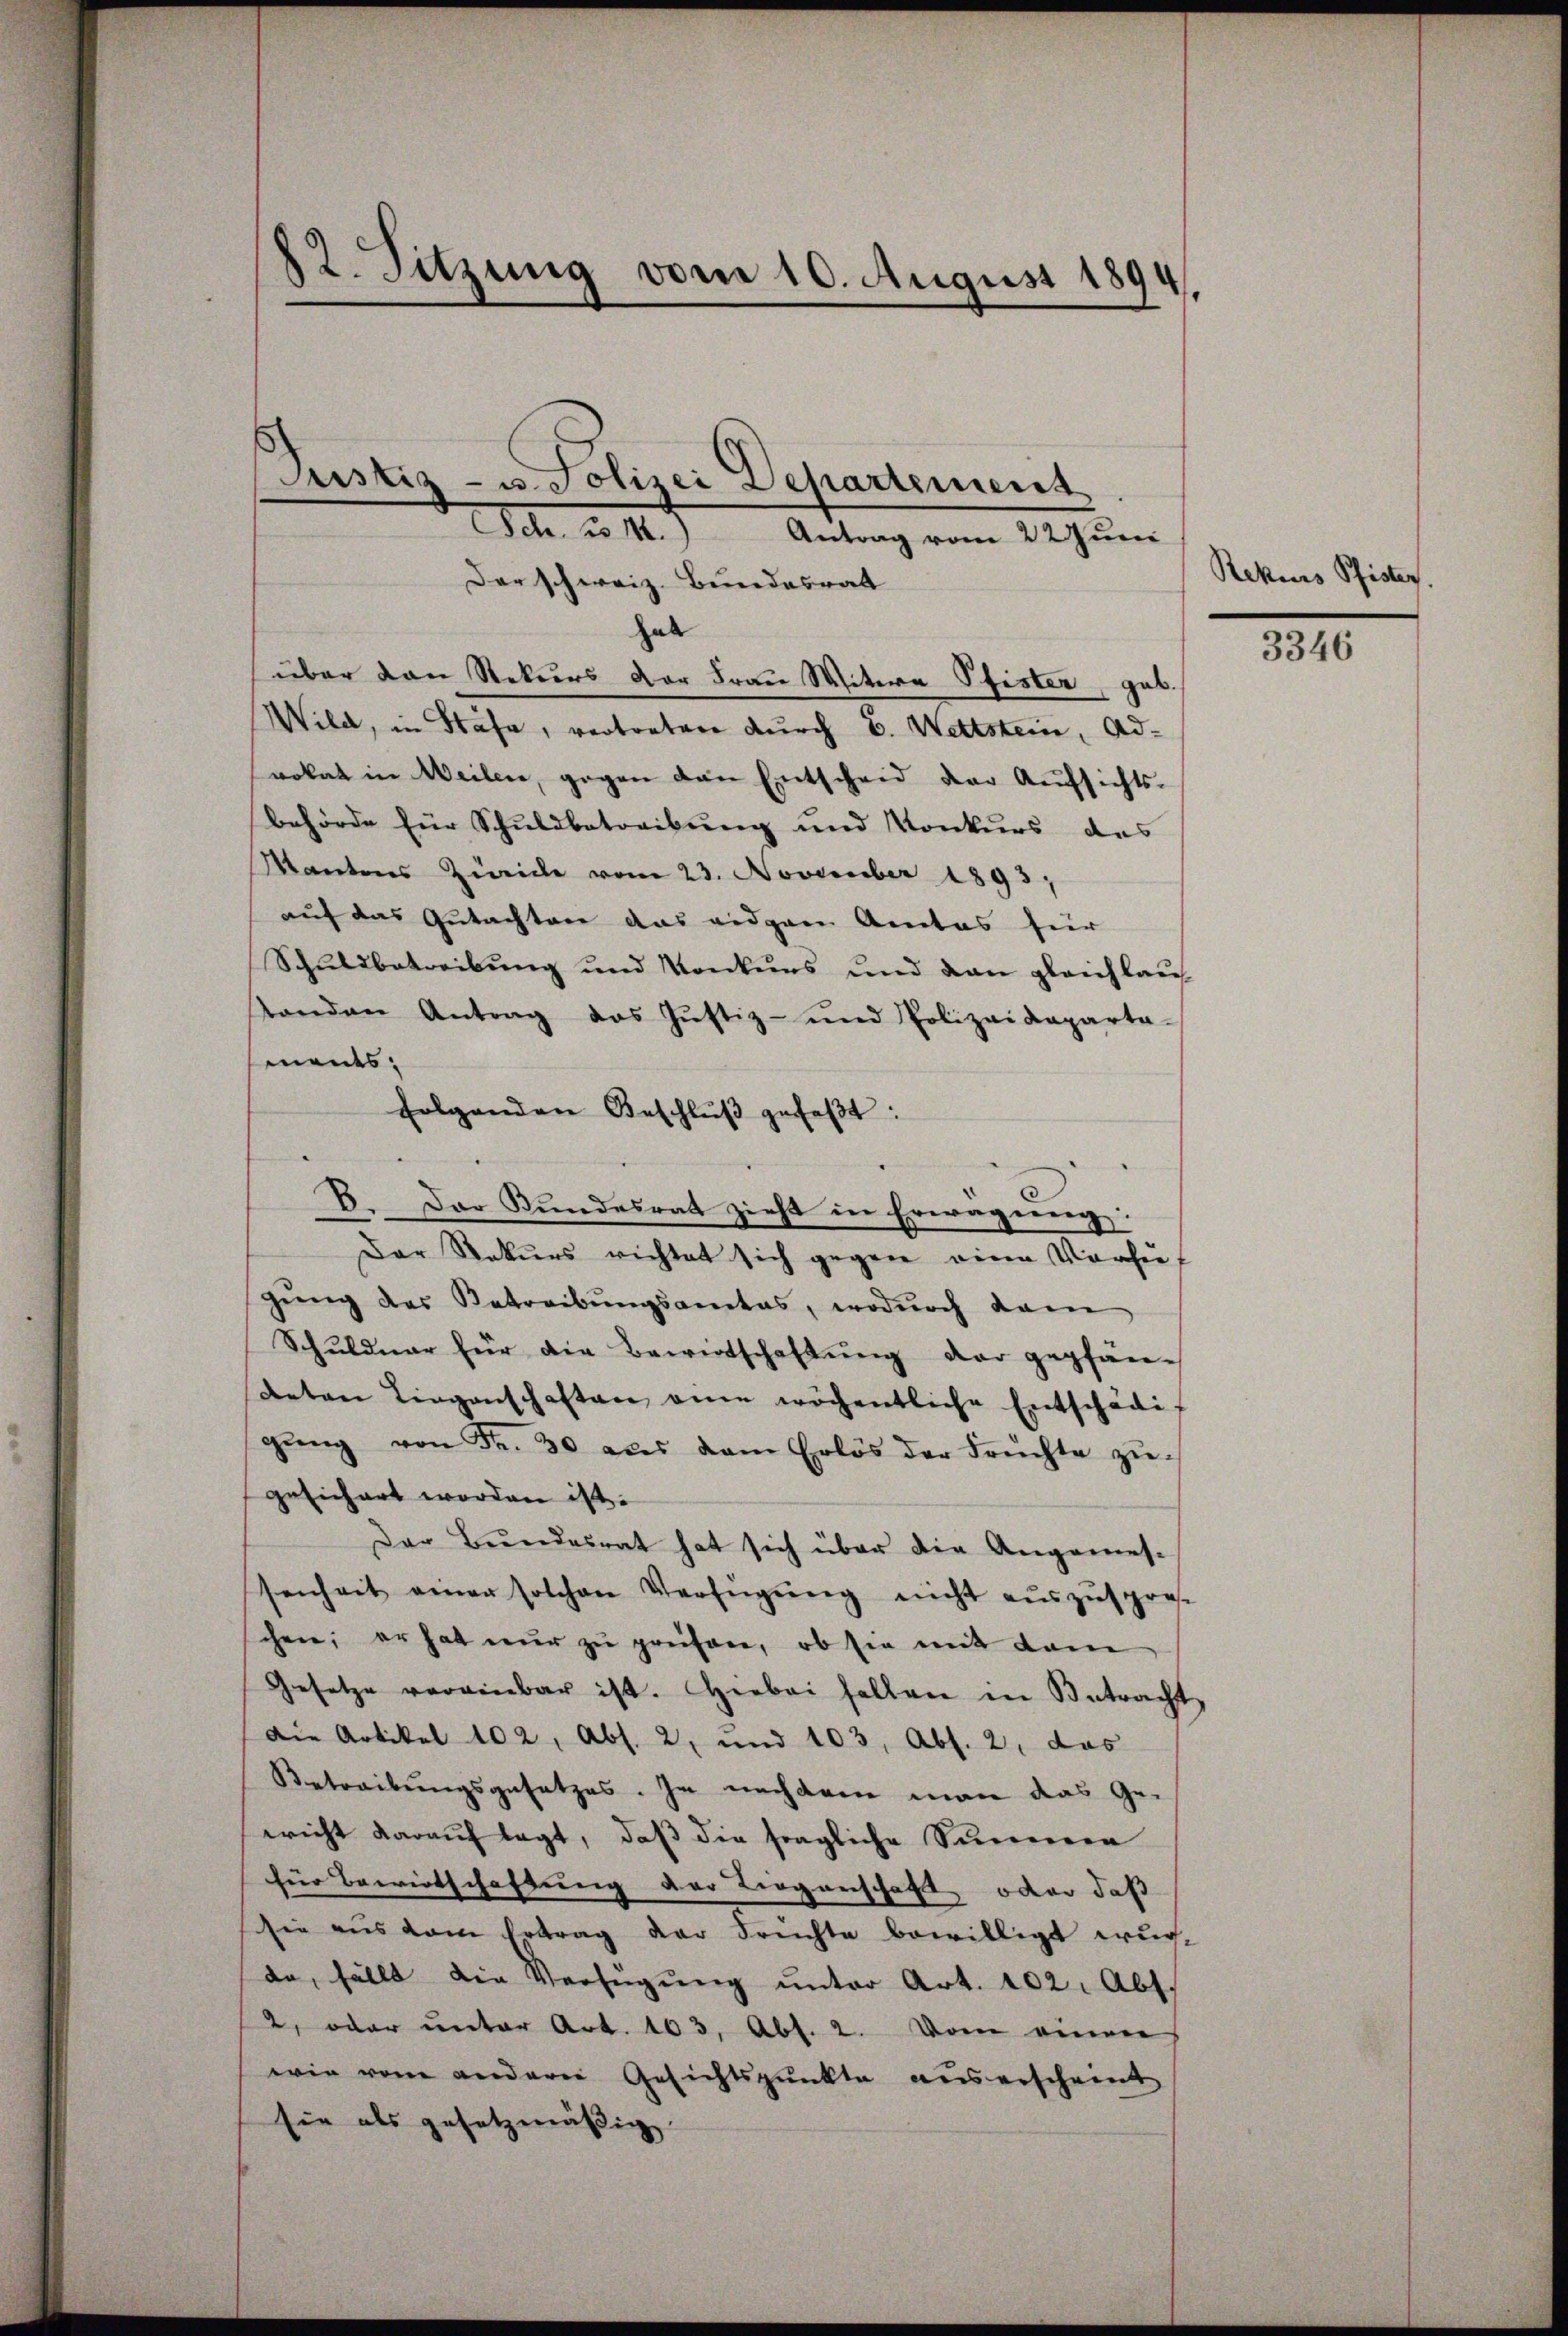
12. Sitzung vom 10. August 1894

Sch. u 1.) Antrag vom 22 Juni
Der schweiz. Bundesrat
hab
über den Rekurs der Frau Witere Pfister, geb.
Wild, in Hase, vertreten durch C. Wettstein, Advolat in Weilen, gegen den Entscheid der Aufsichts-
behörde für Schuldbetreibung und Konkurs des
Mantons Zürich vom 23. November 1893,
auf das Gutachten das eidgen Amtes für
Schŭldbetreibŭng und Konkŭrs und dan gleichbaŭ
sonden Antrag das Justiz- und Polizeideparta-
ments.
folgenden Beschlŭβ gefaβt:
x
B. Der Bundesrat zieht in Erwägung:
Der Rekurs richtet sich gegen eine Vorzugung des Betreibungsamtes, wodurch dam
Schuldner für die Bewirtschaftŭng der gepfän-
deten Liegenschaften eine wöchentliche Entschädig
gŭng von Fr. 30 aus dem Erlös der Früchte zŭ-
gesichert worden ist.
Der Bundesrat hat sich über die Angemes-
senheit einer solchen Verfügŭng nicht aŭszŭspres-
chen; er hat nur zu preisen, ob sie mit dem
Gesetze vereinbar ist. Hiebei selben in Betracht
Die Artikel 102, Abs. 2, und 103, Abs. 2, das
Betreibungsgesetzes. In nachdem man das Ge-
ericht darauf legt, daß die fragliche Summenen
für Bewirtschaftung der Liegenschaft oder daß
sie aus dem Ertrag der Fruchte bewilligt wur-
da, fällt die Verfügung unter Art. 102. Abs.
2. oder ŭnter Art. 103, Abs. 2. Vom einen
wie vom andern Gesichtspunkte auserschreit
sie als gesetzmässig.

Justiz- u. Polizei Departement

Rekurs Pfister.

3346